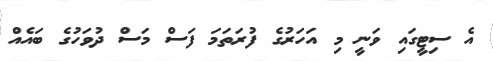
އެ ސިޓީގައި ވަނީ މި އަހަރުގެ ފުރަތަމަ ފަސް މަސް ދުވަހުގެ ބައެއް